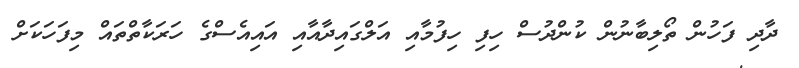
ދާދި ފަހުން ތޯލިބާނުން ކުންދުސް ހިފި ހިފުމާއި އަލްގައިދާއާއި އައިއެސްގެ ހަރަކާތްތައް މިފަހަކަށް